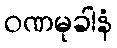
ဝဏမုခါနံ